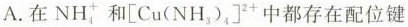
A.在 $$NH_{4}^{+}$$ 和 $$\left[Cu(NH_{3})_{4}\right] ^{2+}$$ 中都存在配位键